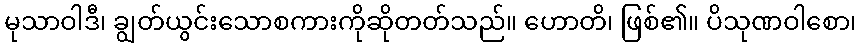
မုသာဝါဒီ၊ ချွတ်ယွင်းသောစကားကိုဆိုတတ်သည်။ ဟောတိ၊ ဖြစ်၏။ ပိသုဏဝါစော၊